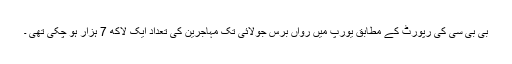
بی بی سی کی رپورٹ کے مطابق یورپ میں رواں برس جولائی تک مہاجرین کی تعداد ایک لاکھ 7 ہزار ہو چکی تھی ۔